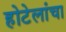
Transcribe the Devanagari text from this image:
होटेलांचा